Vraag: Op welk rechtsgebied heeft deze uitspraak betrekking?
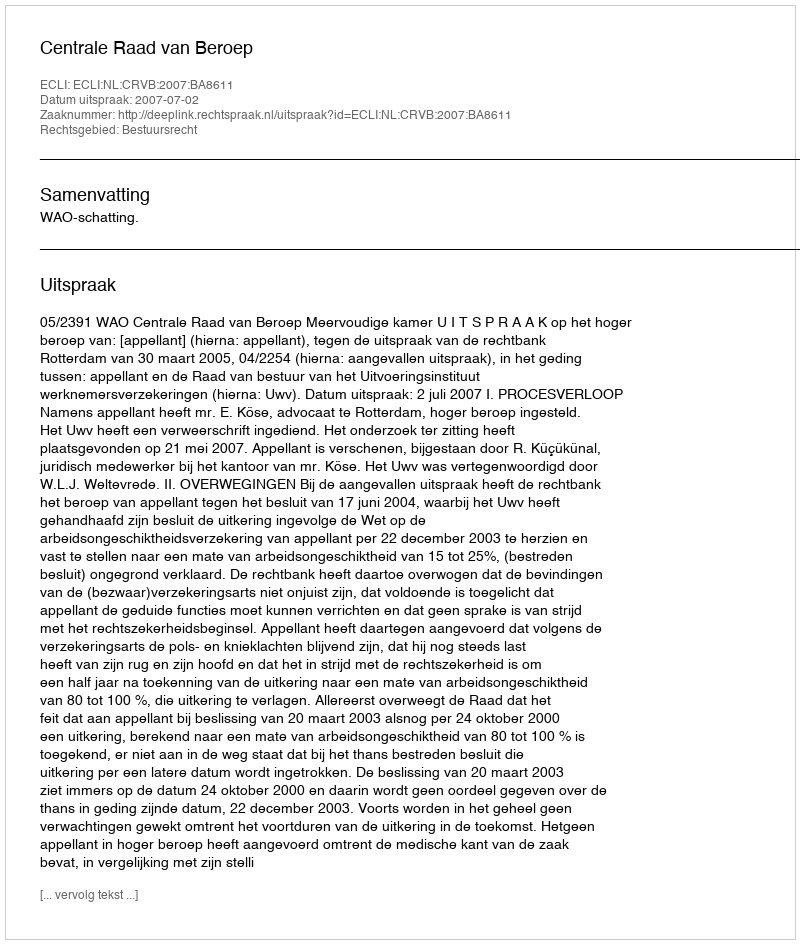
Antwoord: Bestuursrecht